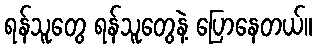
ရန်သူတွေ ရန်သူတွေနဲ့ ပြောနေတယ်။